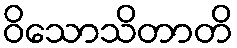
ဝိသောသိတာတိ